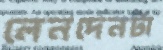
লেনদেনটা